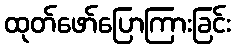
ထုတ်ဖော်ပြောကြားခြင်း